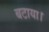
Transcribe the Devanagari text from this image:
बटाया।